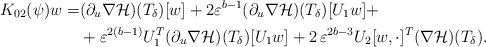
LaTeX: \begin{align*}\begin{aligned}K_{0 2} (\psi) w=& (\partial_u \nabla \mathcal{H})(T_{\delta})[w]+2 \varepsilon^{b-1} (\partial_u \nabla \mathcal{H})(T_{\delta})[U_1 w]+\\&+\varepsilon^{2 (b-1)} U_1^T (\partial_u \nabla\mathcal{H})(T_{\delta}) [U_1 w]+2\,\varepsilon^{2 b-3} U_2 [w, \cdot]^T (\nabla\mathcal{H})(T_{\delta}).\end{aligned}\end{align*}